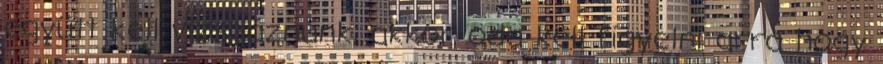
együtt kell vizsgáznunk, akkor oda kell figyelni arra hogy